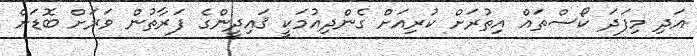
އަދި މިފަދަ ކޯސްތައް އިތުރަށް ކުރިއަށް ގެންދިއުމަކީ ޤައިދީންގެ ފަރާތުން ވަރަށް ބޮޑަށް